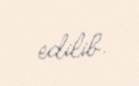
edilib.